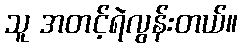
သူ အတင့်ရဲလွန်းတယ်။